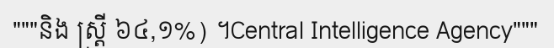
"""និង ស្ត្រី ៦៤,១%) ។Central Intelligence Agency"""